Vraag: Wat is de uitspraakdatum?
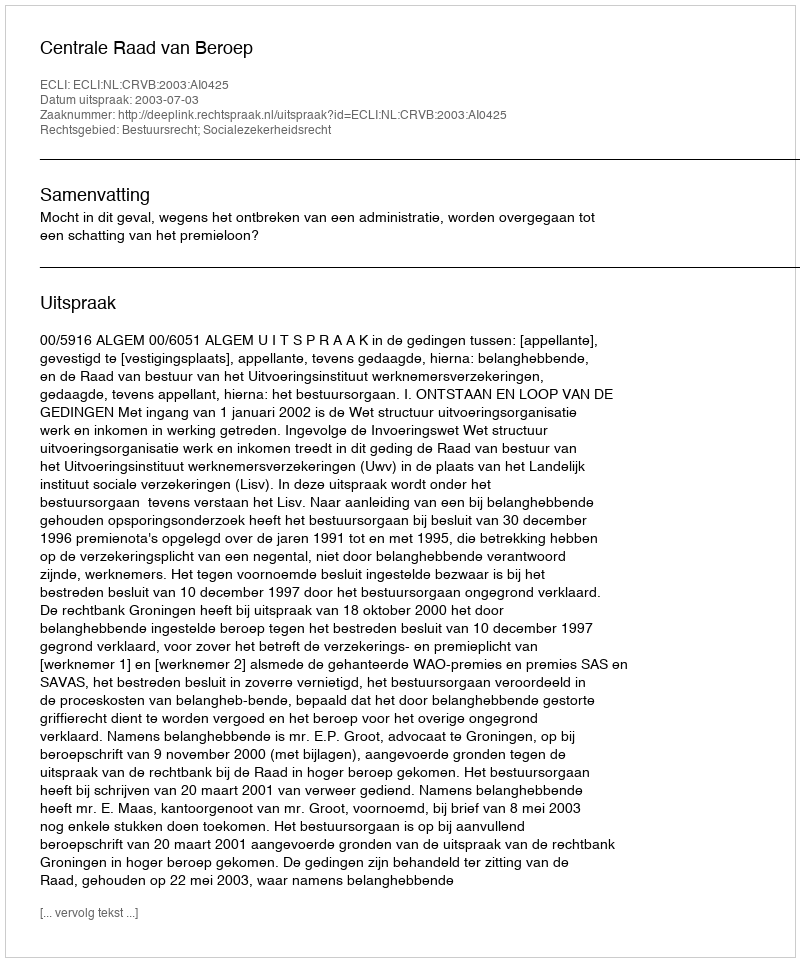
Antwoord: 2003-07-03